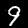
Label: 9